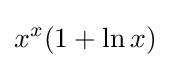
x^{x}(1+\ln x)